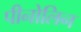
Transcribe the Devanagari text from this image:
पीनोलिन